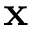
\textbf { x }